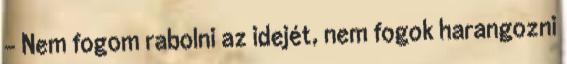
– Nem fogom rabolni az idejét, nem fogok harangozni